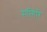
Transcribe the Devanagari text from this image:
सप्त्गिरि